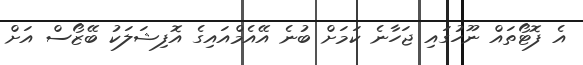
އެ ފޮޓޯތައް ނޫހުގައި ޖަހާނެ ކަމަށް ބުނެ އޭއެމްއައިގެ އޮފިޝަލަކު ބޭޒޯސް އަށް